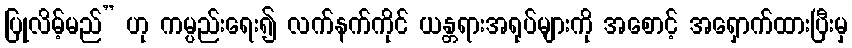
ပြုလိမ့်မည်” ဟု ကမ္ပည်းရေး၍ လက်နက်ကိုင် ယန္တရားအရုပ်များကို အစောင့် အရှောက်ထားပြီးမှ